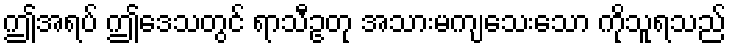
ဤအရပ် ဤဒေသတွင် ရာသီဥတု အသားမကျသေးသော ကိုသူရသည်